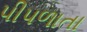
પીપળાતા